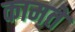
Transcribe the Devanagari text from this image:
कामते